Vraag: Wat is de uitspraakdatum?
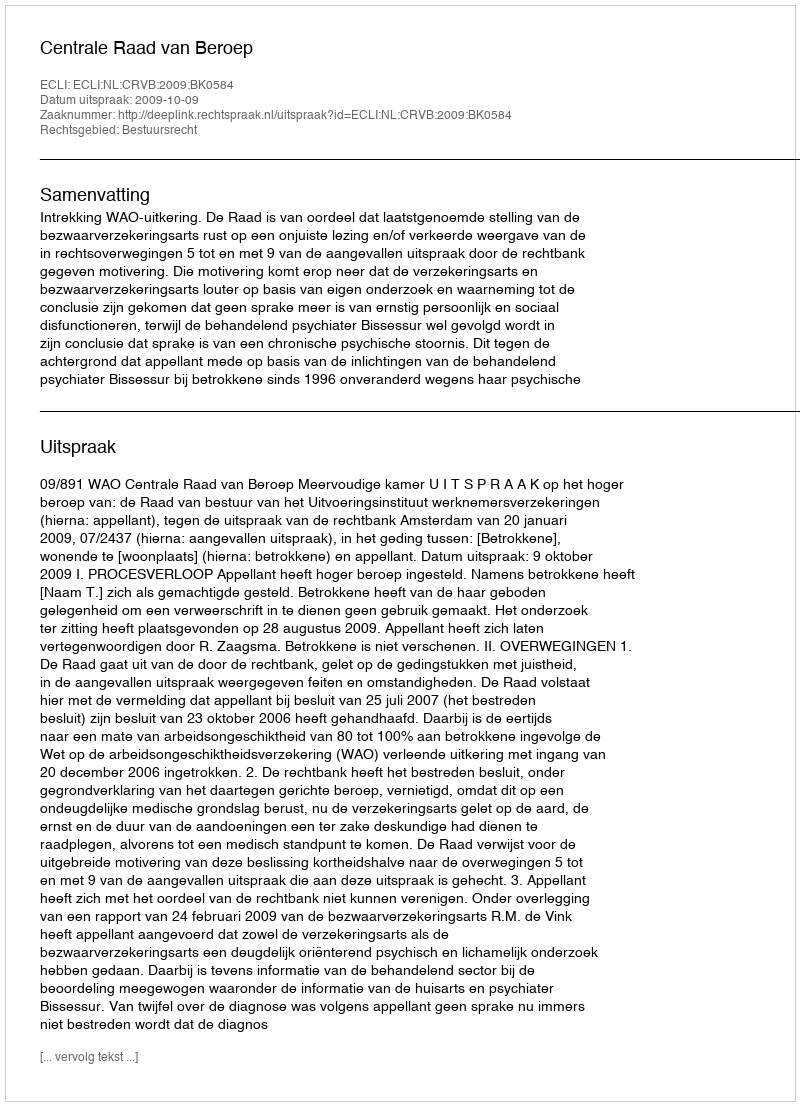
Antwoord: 2009-10-09